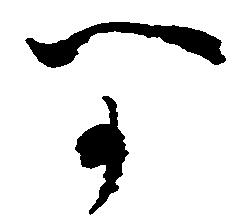
可